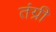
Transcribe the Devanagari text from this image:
तंग्री